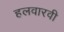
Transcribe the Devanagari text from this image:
हलवारवी